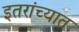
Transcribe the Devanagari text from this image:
इतरांच्यात